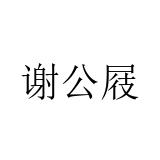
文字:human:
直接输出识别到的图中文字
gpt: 谢公屐